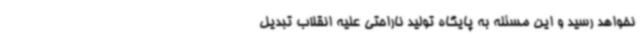
نخواهد رسید و این مسئله به پایگاه تولید ناراحتی علیه انقلاب تبدیل